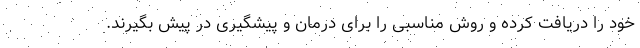
خود را دریافت کرده و روش مناسبی را برای درمان و پیشگیری در پیش بگیرند.